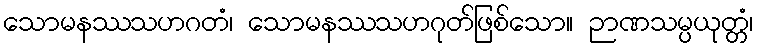
သောမနဿသဟဂတံ၊ သောမနဿသဟဂုတ်ဖြစ်သော။ ဉာဏသမ္ပယုတ္တံ၊